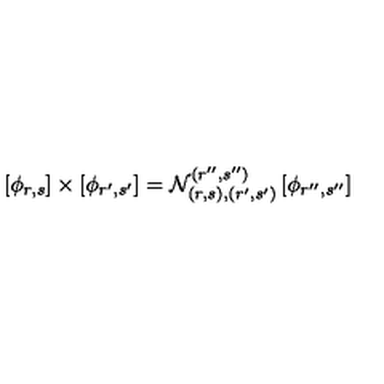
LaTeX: \left[ \phi _ { r , s } \right] \times \left[ \phi _ { r ^ { \prime } , s ^ { \prime } } \right] = \mathcal { N } _ { ( r , s ) , ( r ^ { \prime } , s ^ { \prime } ) } ^ { ( r ^ { \prime \prime } , s ^ { \prime \prime } ) } \left[ \phi _ { r ^ { \prime \prime } , s ^ { \prime \prime } } \right]